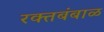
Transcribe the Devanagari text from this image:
रक्‍तबंबाळ